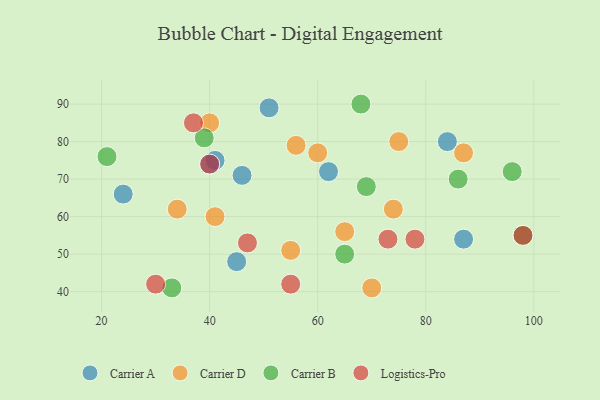
{"axis": {"x": "GDP", "y": "Life Expectancy"}, "legend": ["Carrier A", "Carrier B", "Carrier D", "Logistics-Pro"], "data": [{"x": "51", "y": 89, "type": "Carrier A"}, {"x": "45", "y": 48, "type": "Carrier A"}, {"x": "24", "y": 66, "type": "Carrier A"}, {"x": "84", "y": 80, "type": "Carrier A"}, {"x": "62", "y": 72, "type": "Carrier A"}, {"x": "87", "y": 54, "type": "Carrier A"}, {"x": "41", "y": 75, "type": "Carrier A"}, {"x": "46", "y": 71, "type": "Carrier A"}, {"x": "40", "y": 74, "type": "Carrier A"}, {"x": "74", "y": 62, "type": "Carrier D"}, {"x": "70", "y": 41, "type": "Carrier D"}, {"x": "55", "y": 51, "type": "Carrier D"}, {"x": "34", "y": 62, "type": "Carrier D"}, {"x": "75", "y": 80, "type": "Carrier D"}, {"x": "41", "y": 60, "type": "Carrier D"}, {"x": "56", "y": 79, "type": "Carrier D"}, {"x": "40", "y": 85, "type": "Carrier D"}, {"x": "60", "y": 77, "type": "Carrier D"}, {"x": "65", "y": 56, "type": "Carrier D"}, {"x": "87", "y": 77, "type": "Carrier D"}, {"x": "68", "y": 90, "type": "Carrier B"}, {"x": "33", "y": 41, "type": "Carrier B"}, {"x": "39", "y": 81, "type": "Carrier B"}, {"x": "86", "y": 70, "type": "Carrier B"}, {"x": "69", "y": 68, "type": "Carrier B"}, {"x": "98", "y": 55, "type": "Carrier B"}, {"x": "96", "y": 72, "type": "Carrier B"}, {"x": "65", "y": 50, "type": "Carrier B"}, {"x": "21", "y": 76, "type": "Carrier B"}, {"x": "47", "y": 53, "type": "Logistics-Pro"}, {"x": "55", "y": 42, "type": "Logistics-Pro"}, {"x": "37", "y": 85, "type": "Logistics-Pro"}, {"x": "73", "y": 54, "type": "Logistics-Pro"}, {"x": "78", "y": 54, "type": "Logistics-Pro"}, {"x": "40", "y": 74, "type": "Logistics-Pro"}, {"x": "98", "y": 55, "type": "Logistics-Pro"}, {"x": "30", "y": 42, "type": "Logistics-Pro"}]}